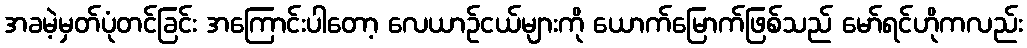
အခမဲ့မှတ်ပုံတင်ခြင်း အကြောင်းပါတော့ လေယာဉ်ငယ်များကို ယောက်မြောက်ဖြစ်သည် မော်ရင်ဟိုကလည်း